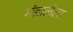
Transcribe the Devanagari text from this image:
मंडालेला